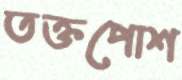
তক্তপোশ